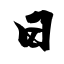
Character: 日